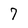
Character: 7